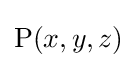
\mathrm {P} (x,y,z)